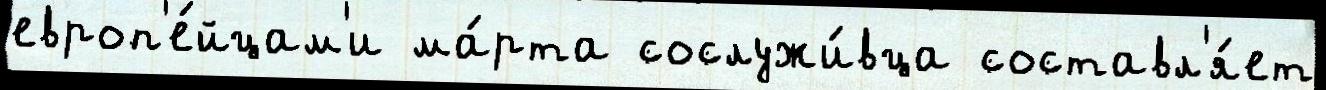
европ'е́йцам'и ма́рта сослужи́вца составл'я́ет